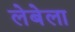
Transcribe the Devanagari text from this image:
लेबेला